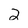
Character: 2